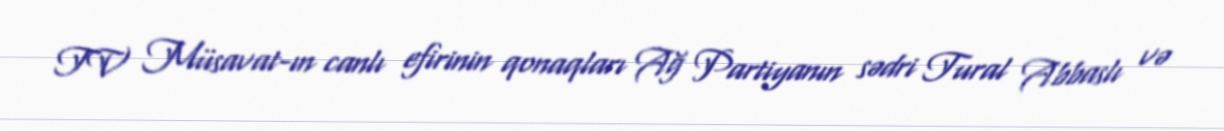
TV Müsavat-ın canlı efirinin qonaqları Ağ Partiyanın sədri Tural Abbaslı və